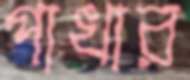
পাখার